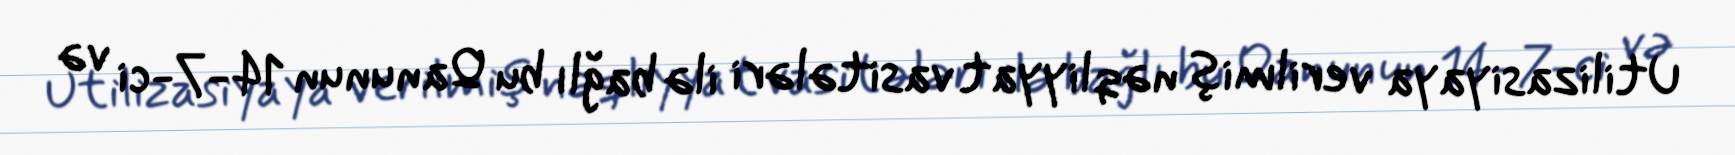
Utilizasiyaya verilmiş nəqliyyat vasitələri ilə bağlı bu Qanunun 14-7-ci və